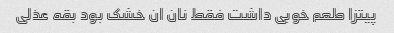
پیتزا طعم خوبی داشت فقط نان ان خشک بود بقه عذلی